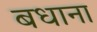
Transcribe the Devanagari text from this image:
बधाना